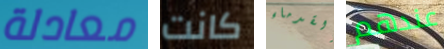
معادلة كانت القدماء عندهم